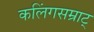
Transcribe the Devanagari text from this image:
कलिंगसम्राट्